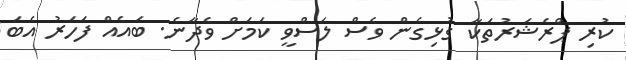
ކުރި ޕްރެޝަރުތަކާ ގުޅިގެން ވެސް ލަސްވީ ކަމަށް ވެދާނެ. ބައެއް ފަހަރު އެބަ